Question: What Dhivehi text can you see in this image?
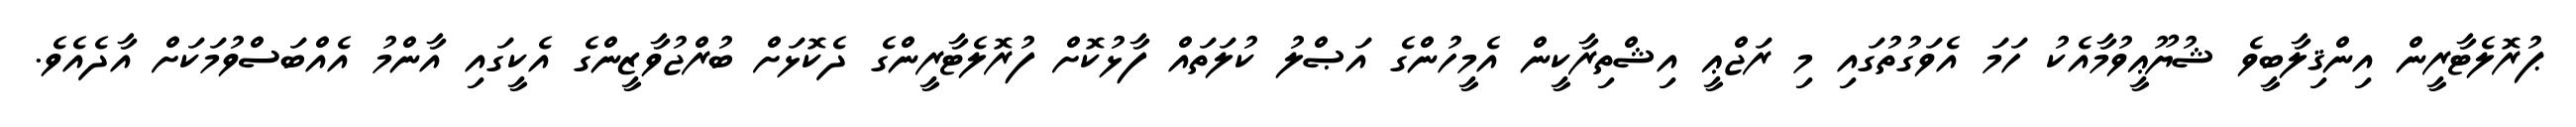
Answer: ޕުރޮލެޓާރީން އިންޤިލާބީވެ ޝުޔޫޢީވުމާއެކު ހަމަ އެވަގުތުގައި މި ރަޖްޢީ އިޝްތިރާކީން އެމީހުންގެ އަޞްލު ކުލަތައް ފާޅުކޮށް ފުރޮލެޓާރީންގެ ދެކޮޅަށް ބުރްޖުވާޒީންގެ އެކީގައި އާންމު އެއްބަސްވުމަކަށް އާދެއެވެ.